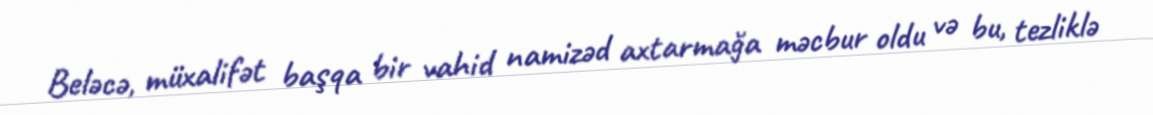
Beləcə, müxalifət başqa bir vahid namizəd axtarmağa məcbur oldu və bu, tezliklə